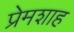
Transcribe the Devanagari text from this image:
प्रेमशाह